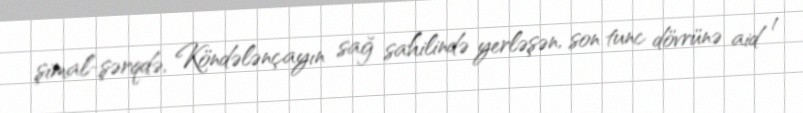
şimal-şərqdə, Köndələnçayın sağ sahilində yerləşən, son tunc dövrünə aid 1